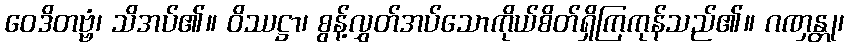
ဝေဒိတဗ္ဗံ၊ သိအပ်၏။ ဝိဿဋ္ဌာ၊ စွန့်လွှတ်အပ်သောကိုယ်စိတ်ရှိကြကုန်သည်၏။ ဂဏှန္တု၊